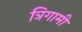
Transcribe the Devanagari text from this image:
त्रिगामी